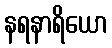
နရနာရိယော